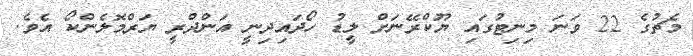
މެޗުގެ 22 ވަނަ މިނިޓުގައި ޔޫކްރޭނަށް ލީޑު ހޯދައިދިނީ އަންދްރީ ޔަރްމޮލެންކޯ އެވެ.